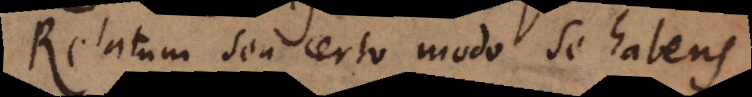
Relatum seu certo modo se habens.